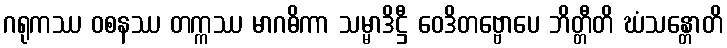
ဂရုကဿ ဝစနဿ တက္ကဿ မာဂဓိကာ သမ္မာဒိဋ္ဌီ ဝေဒိတဗ္ဗောပေ ဘိတ္တီတိ ဃံသန္တောတိ